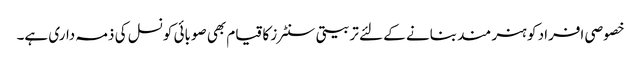
خصوصی افراد کو ہنر مند بنانے کے لئے تربیتی سنٹرز کا قیام بھی صوبائی کونسل کی ذمہ داری ہے۔